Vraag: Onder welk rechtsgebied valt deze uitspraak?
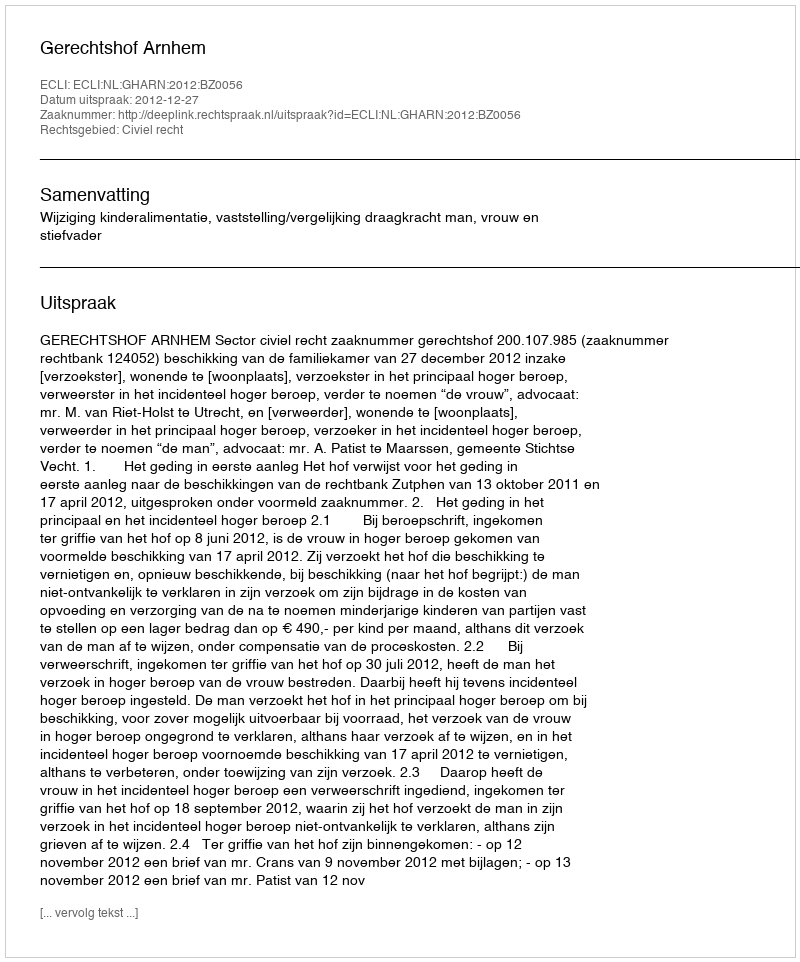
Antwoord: Civiel recht